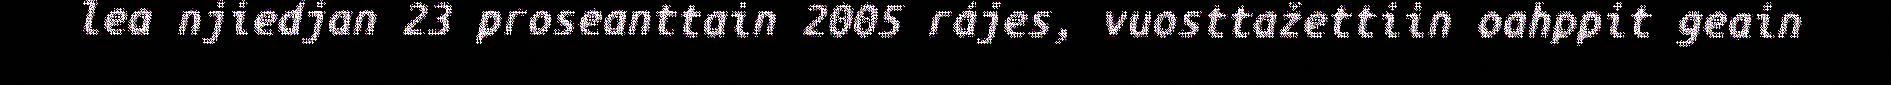
lea njiedjan 23 proseanttain 2005 rájes, vuosttažettiin oahppit geain